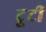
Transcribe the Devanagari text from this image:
टूटीं